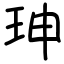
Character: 珅